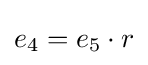
{\textstyle e_{4}=e_{5}\cdot r}